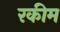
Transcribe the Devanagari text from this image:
रकीम